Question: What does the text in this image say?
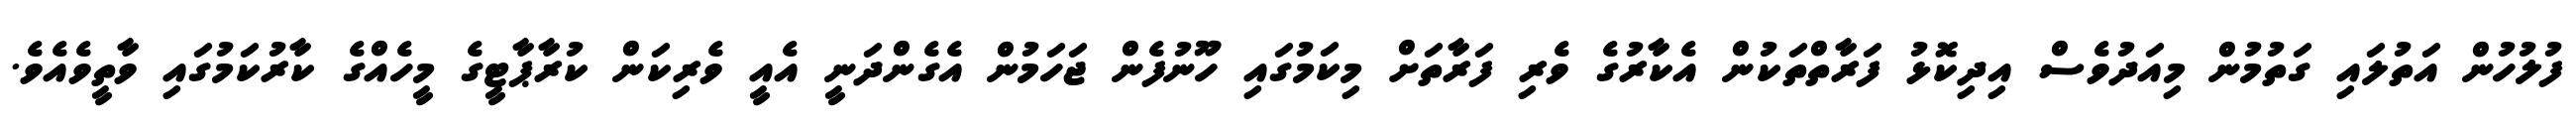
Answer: ފުލުހުން އަތުލައި ގަތުމުން މިއަދުވެސް އިދިކޮޅު ފަރާތްތަކުން އެކާރުގެ ވެރި ފަރާތަށް މިކަމުގައި ހޫނުފެން ޖަހަމުން އެގެންދަނީ އެއީ ވެރިކަން ކުރާޕާޓީގެ މީހެއްގެ ކާރުކަމުގައި ވާތީވެއެވެ.